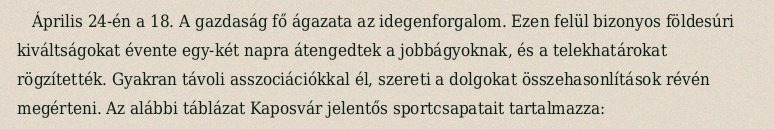
Április 24-én a 18. A gazdaság fő ágazata az idegenforgalom. Ezen felül bizonyos földesúri kiváltságokat évente egy-két napra átengedtek a jobbágyoknak, és a telekhatárokat rögzítették. Gyakran távoli asszociációkkal él, szereti a dolgokat összehasonlítások révén megérteni. Az alábbi táblázat Kaposvár jelentős sportcsapatait tartalmazza: